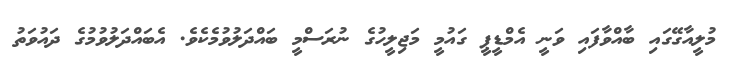
މުލީއާގޭގައި ބާއްވާފައި ވަނީ އެމްޑީޕީ ގައުމީ މަޖިލީހުގެ ނުރަަސްމީ ބައްދަލުވުމެކެވެ. އެބައްދަލުވުމުގެ ދައުވަތު